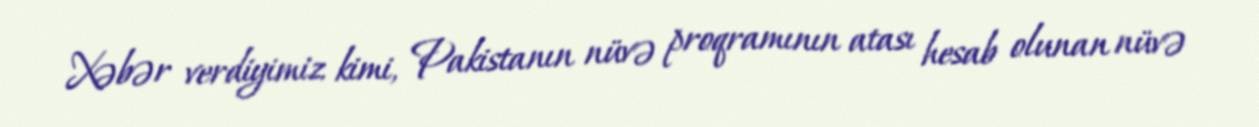
Xəbər verdiyimiz kimi, Pakistanın nüvə proqramının atası hesab olunan nüvə